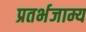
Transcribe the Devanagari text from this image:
प्रतर्भजाम्य